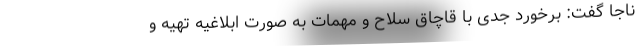
ناجا گفت: برخورد جدی با قاچاق سلاح و مهمات به صورت ابلاغیه تهیه و